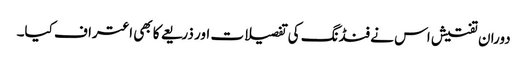
دوران تفتیش اس نے فنڈنگ کی تفصیلات اور ذریعے کا بھی اعتراف کیا۔